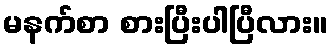
မနက်စာ စားပြီးပါပြီလား။